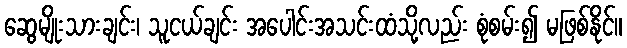
ဆွေမျိုးသားချင်း၊ သူငယ်ချင်း အပေါင်းအသင်းထံသို့လည်း စုံစမ်း၍ မဖြစ်နိုင်။